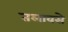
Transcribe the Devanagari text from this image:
तलावसे